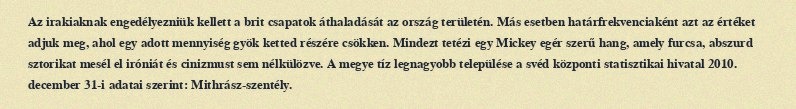
Az irakiaknak engedélyezniük kellett a brit csapatok áthaladását az ország területén. Más esetben határfrekvenciaként azt az értéket adjuk meg, ahol egy adott mennyiség gyök ketted részére csökken. Mindezt tetézi egy Mickey egér szerű hang, amely furcsa, abszurd sztorikat mesél el iróniát és cinizmust sem nélkülözve. A megye tíz legnagyobb települése a svéd központi statisztikai hivatal 2010. december 31-i adatai szerint: Mithrász-szentély.